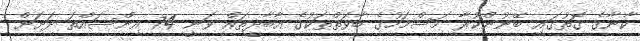
ކާނާގެ ގޮތުގައި ބޭނުންކުރާ މަސްމަހުގެ ބާވަތްތަކުގެ އާބާދީތައް ވަނީ 74 އިންސައްތަ ދަށަށް